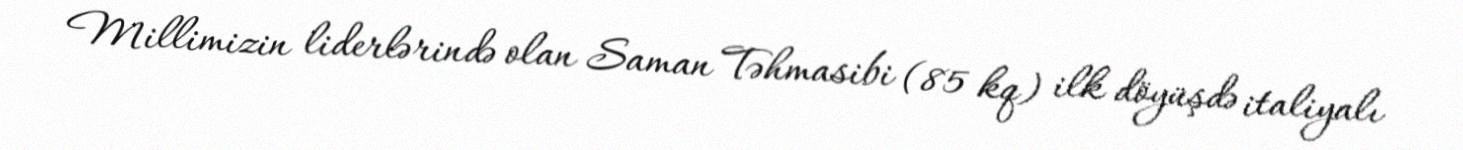
Millimizin liderlərində olan Saman Təhmasibi (85 kq) ilk döyüşdə italiyalı